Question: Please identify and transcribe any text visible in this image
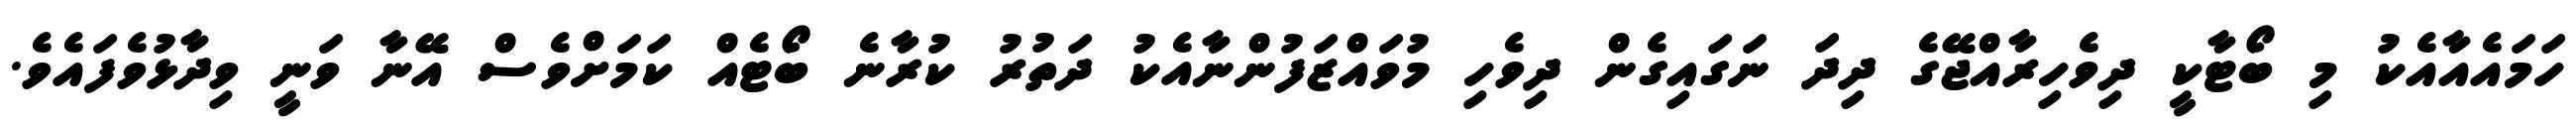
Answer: ހަމައެއާއެކު މި ބޯޓާކީ ދިވެހިރާއްޖޭގެ ދިދަ ނަގައިގެން ދިވެހި މުވައްޒަފުންނާއެކު ދަތުރު ކުރާނެ ބޯޓެއް ކަމަށްވެސް އޭނާ ވަނީ ވިދާޅުވެފައެވެ.